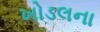
ખોડલના